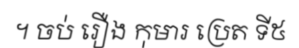
។ ចប់ រឿង កុមារ ប្រេត ទី៥